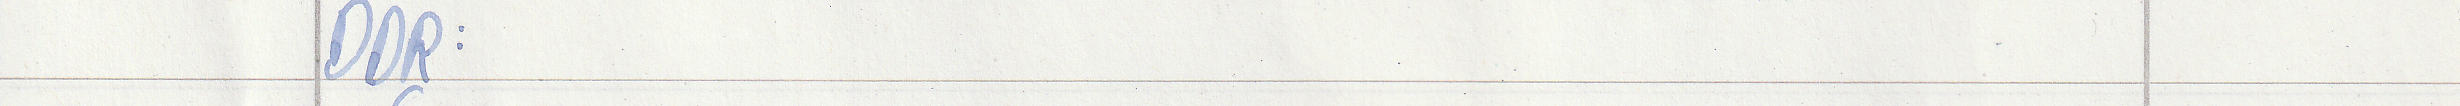
DDR: